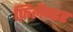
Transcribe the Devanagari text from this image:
फ़िलैन्डर